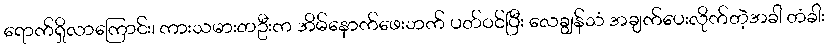
ရောက်ရှိလာကြောင်း၊ ကားသမားတဦးက အိမ်နောက်ဖေးဘက် ပတ်ဝင်ပြီး လေချွန်သံ အချက်ပေးလိုက်တဲ့အခါ တံခါး